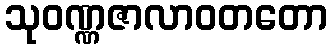
သုဝဏ္ဏဇာလာဝတတော